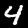
Label: 4